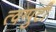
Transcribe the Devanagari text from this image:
त्वग्पुटी